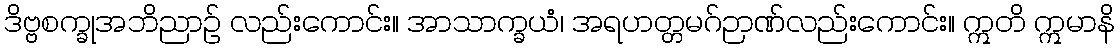
ဒိဗ္ဗစက္ခုအဘိညာဉ် လည်းကောင်း။ အာသာက္ခယံ၊ အရဟတ္တမဂ်ဉာဏ်လည်းကောင်း။ ဣတိ ဣမာနိ